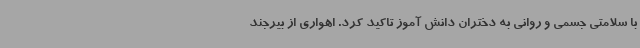
با سلامتی جسمی و روانی به دختران دانش آموز تاکید کرد. اهواری از بیرجند